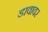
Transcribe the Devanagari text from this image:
डावावर